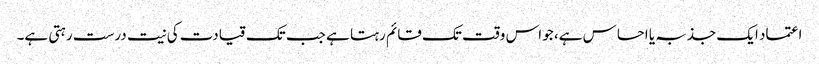
اعتماد ایک جذبہ یا احساس ہے، جو اس وقت تک قائم رہتا ہے جب تک قیادت کی نیت درست رہتی ہے۔